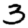
Digit: 3